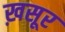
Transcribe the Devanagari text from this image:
ख़सूर